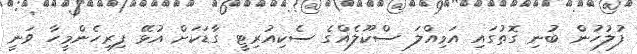
ފުލުހުން ބުނި ގޮތުގައި އަމިއްލަ ސްކޫލެއްގެ ސެކިއުރިޓީ ގާޑަކަށް އުޅޭ ފިރިހެންމީހާ ވަނީ